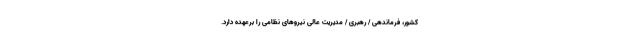
کشور، فرماندهی / رهبری / مدیریت عالی نیروهای نظامی را برعهده دارد.